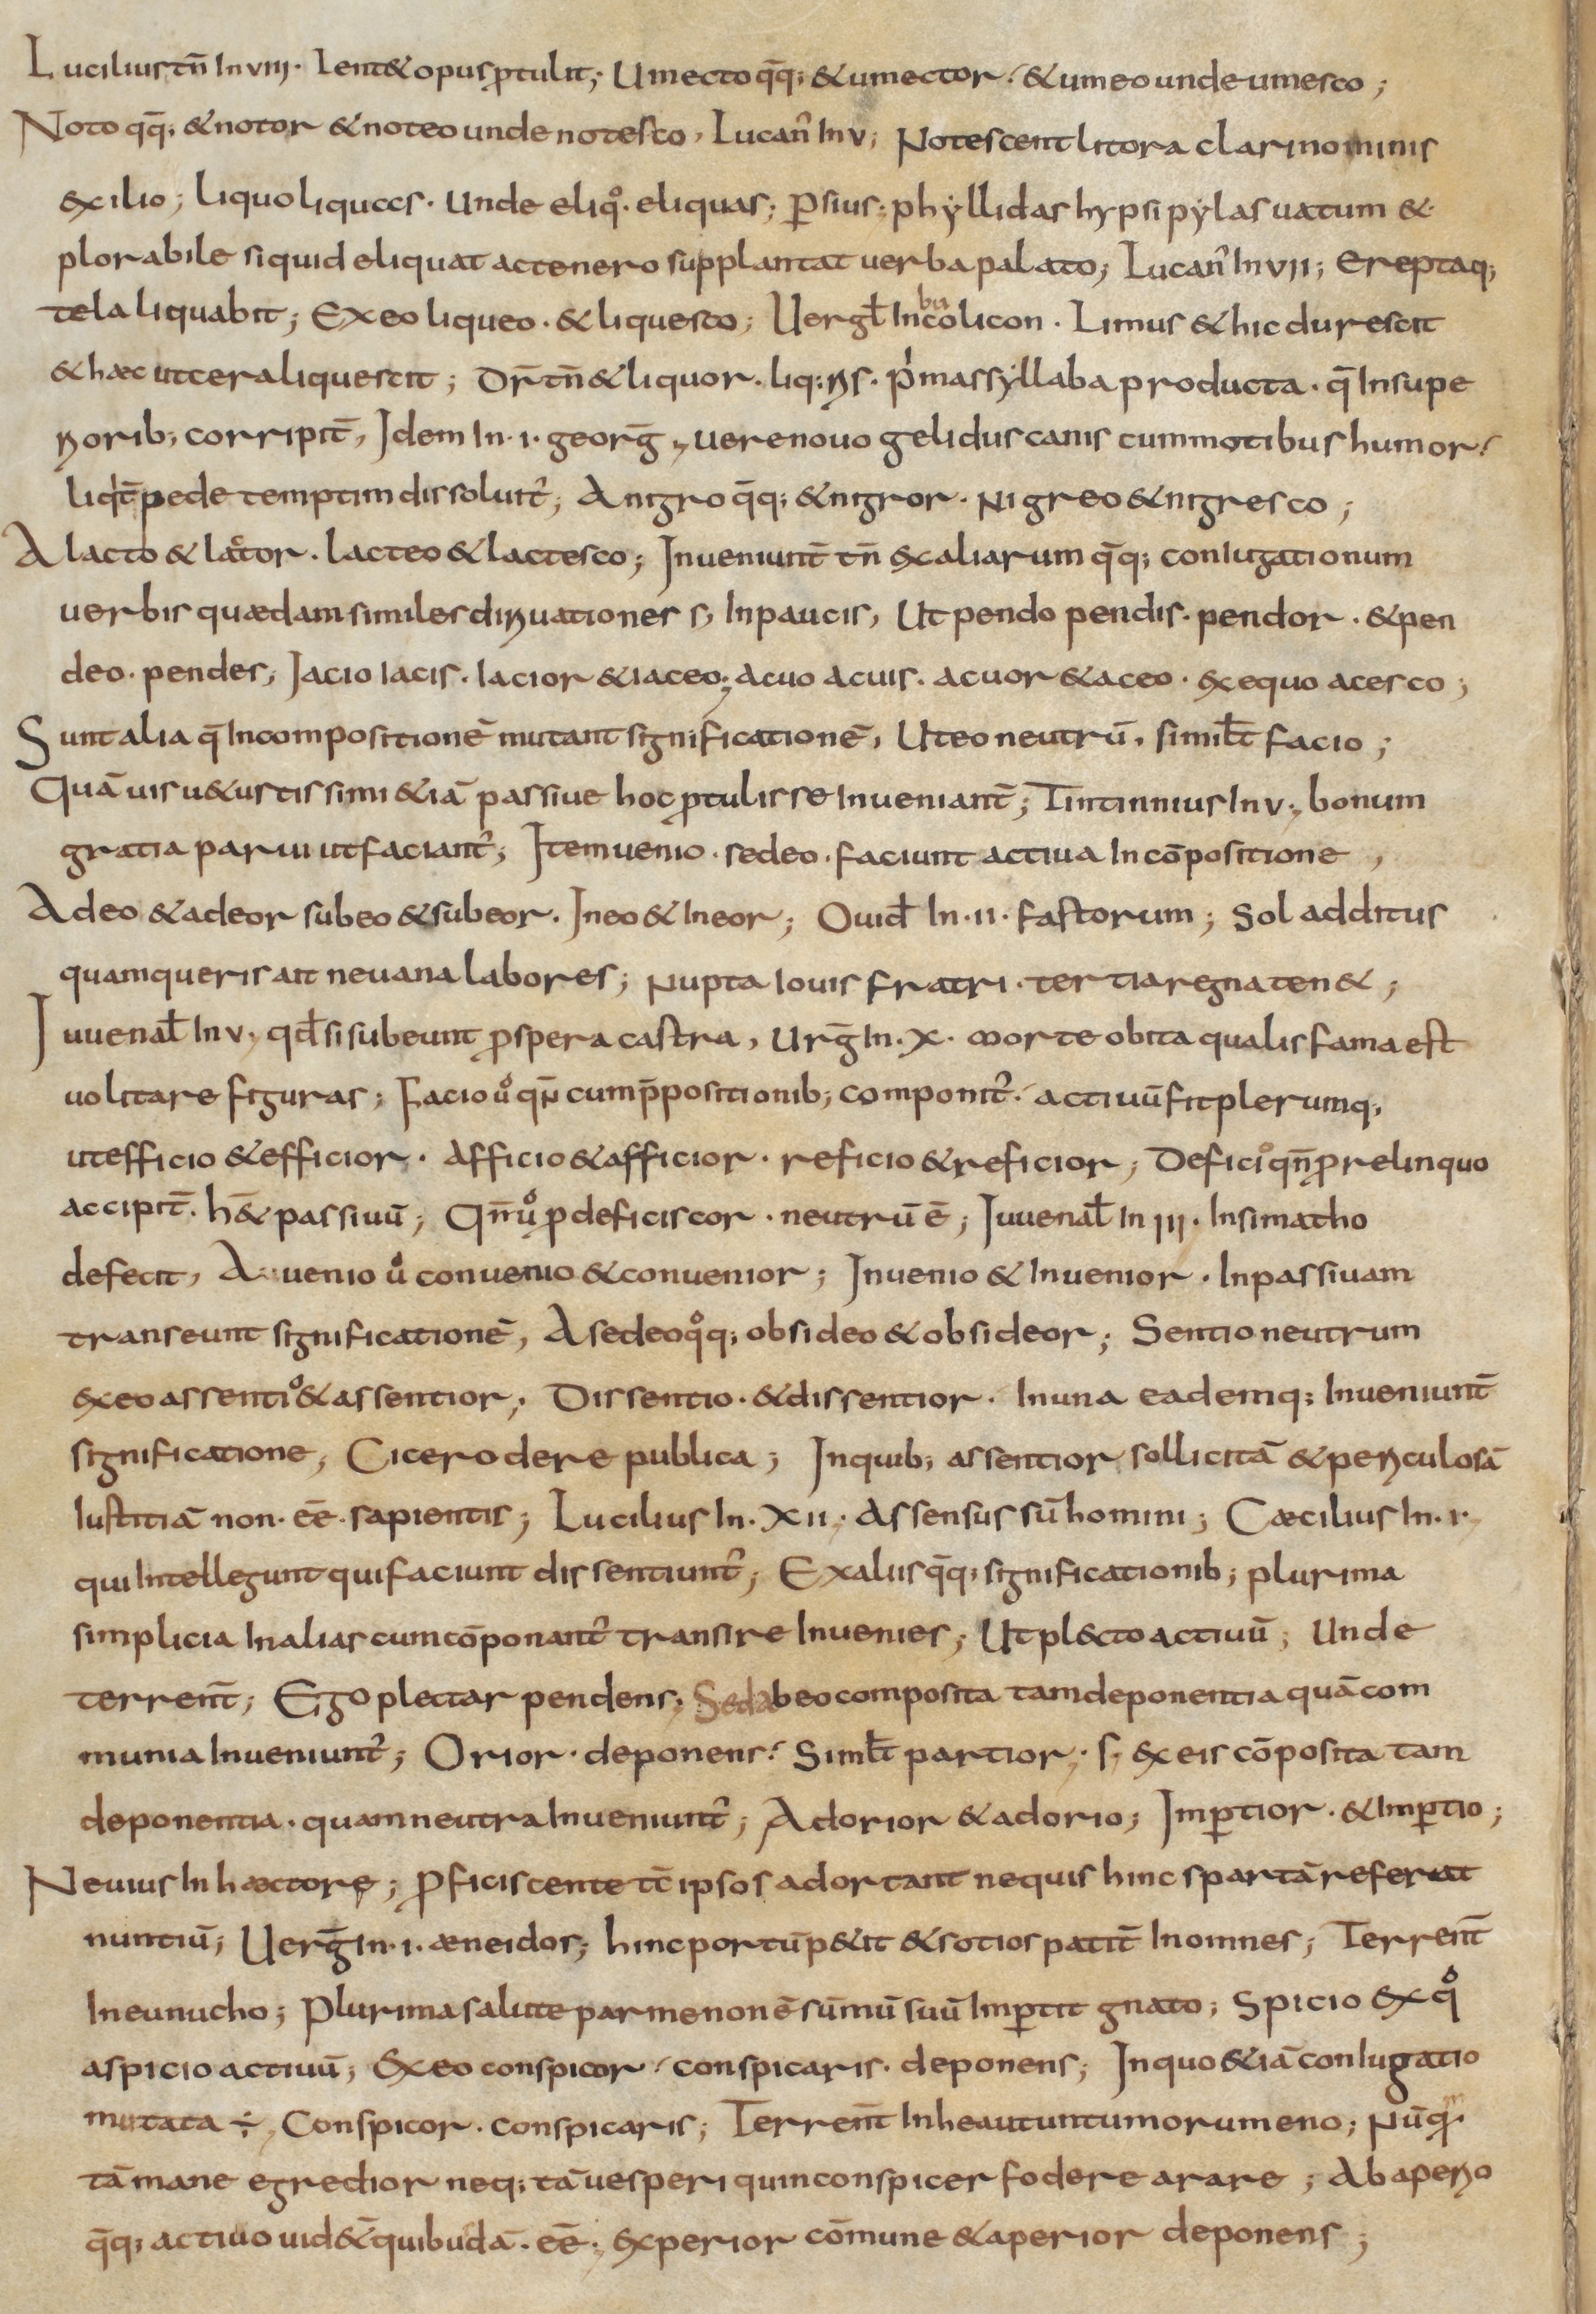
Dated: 900–999